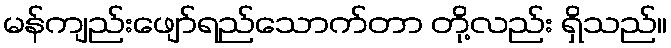
မန်ကျည်းဖျော်ရည်သောက်တာ တို့လည်း ရှိသည်။